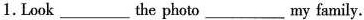
1. Look___the photo___my family.